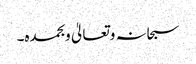
سبحانہ وتعالیٰ وبحمدہ۔